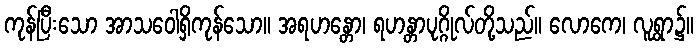
ကုန်ပြီးသော အာသဝေါရှိကုန်သော။ အရဟန္တော၊ ရဟန္တာပုဂ္ဂိုလ်တို့သည်။ လောကေ၊ လူရွာ၌။